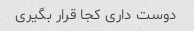
دوست داری کجا قرار بگیری